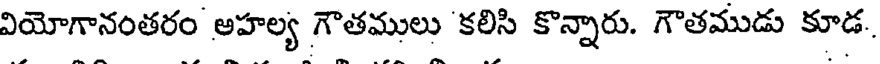
వియోగానంతరం అహల్య గౌతములు కలిసి కొన్నారు. గౌతముడు కూడ.